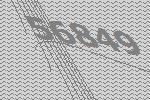
56849